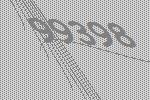
99398